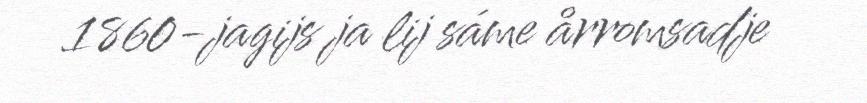
1860-jagijs ja lij sáme årromsadje